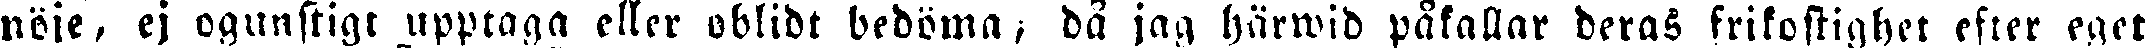
nöje, ej ogunstigt upptaga eller oblidt bedöma, då jag härwid påkallar deras frikostighet efter eget